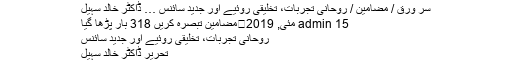
روحانی تجربات، تخلیقی روئیے اور جدید سائنس … ڈاکٹر خالد سہیل | اردو لکھاری
سر ورق / مضامین / روحانی تجربات، تخلیقی روئیے اور جدید سائنس … ڈاکٹر خالد سہیل
admin 15 مئی, 2019	مضامین تبصرہ کریں 318 بار پڑھا گیا
روحانی تجربات، تخلیقی روئیے اور جدید سائنس
تحریر ڈاکٹر خالد سہیل
اور شعور سے ہے۔